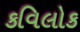
કવિલોક